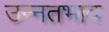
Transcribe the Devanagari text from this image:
उन्नतभाव